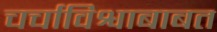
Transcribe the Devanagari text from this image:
चर्चाविश्वाबाबत